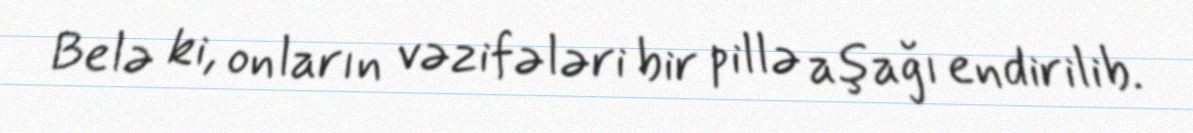
Belə ki, onların vəzifələri bir pillə aşağı endirilib.